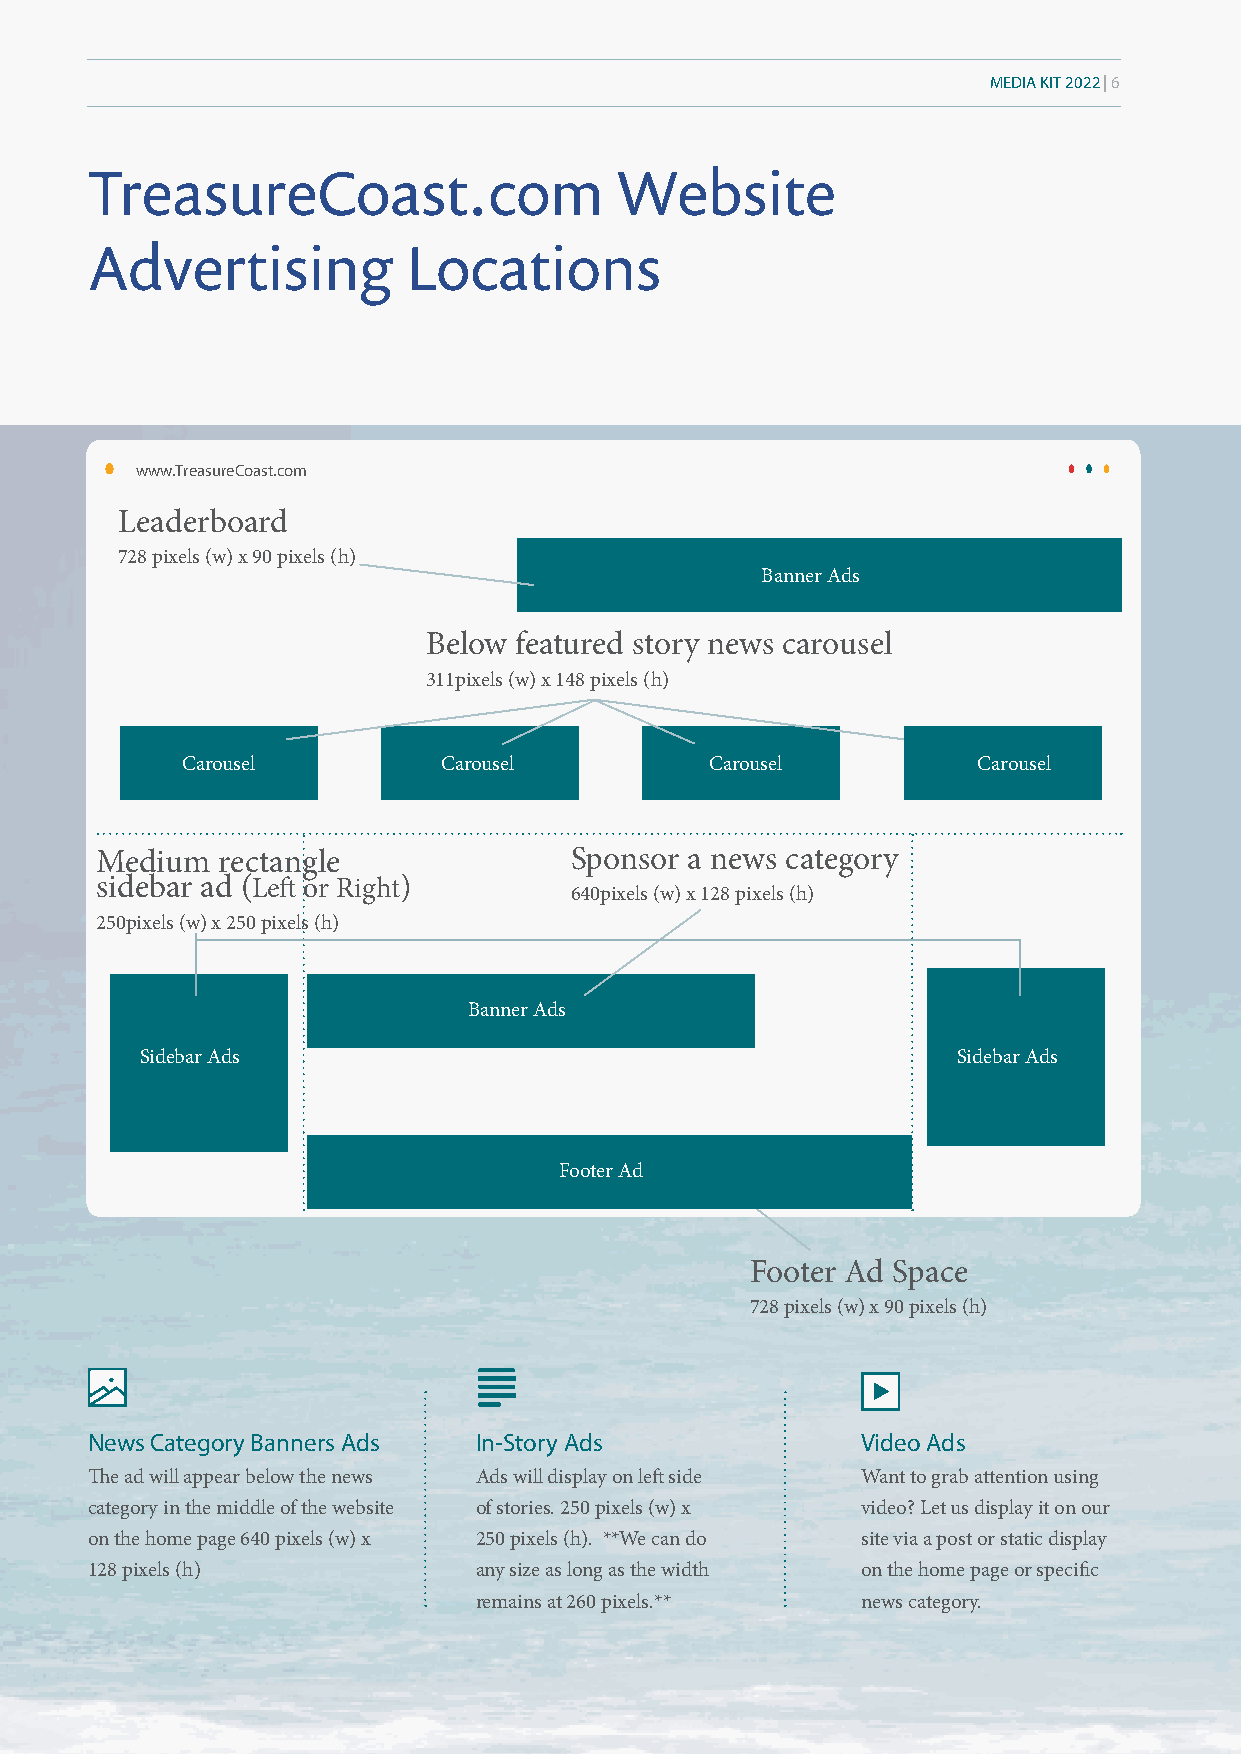
MEDIA KIT 2022 | 6
 TreasureCoast.com                  Website
 Advertising          Locations
 www.TreasureCoast.com
 Leaderboard
 728 pixels (w) x 90 pixels (h)
 Banner Ads
 Below featured story news carousel
 311pixels (w) x 148 pixels (h)
 Carousel         Carousel          Carousel          Carousel
 Medium  rectangle               Sponsor a news category
 sidebar ad (Left or Right)
 640pixels (w) x 128 pixels (h)
 250pixels (w) x 250 pixels (h)
 Banner Ads
 Sidebar Ads                                           Sidebar Ads
 Footer Ad
 Footer Ad Space
 728 pixels (w) x 90 pixels (h)
 News Category Banners Ads In-Story Ads             Video Ads
 The ad will appear below the news Ads will display on left side Want to grab attention using
 category in the middle of the website of stories. 250 pixels (w) x video? Let us display it on our
 on the home page 640 pixels (w) x 250 pixels (h). **We can do site via a post or static display
 128 pixels (h)           any size as long as the width on the home page or specific
 remains at 260 pixels.**  news category.